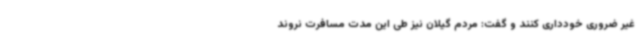
غیر ضروری خودداری کنند و گفت: مردم گیلان نیز طی این مدت مسافرت نروند